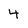
Character: 4